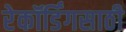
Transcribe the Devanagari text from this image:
रेकॉर्डिंगसाठी